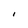
Character: I